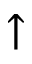
\uparrow